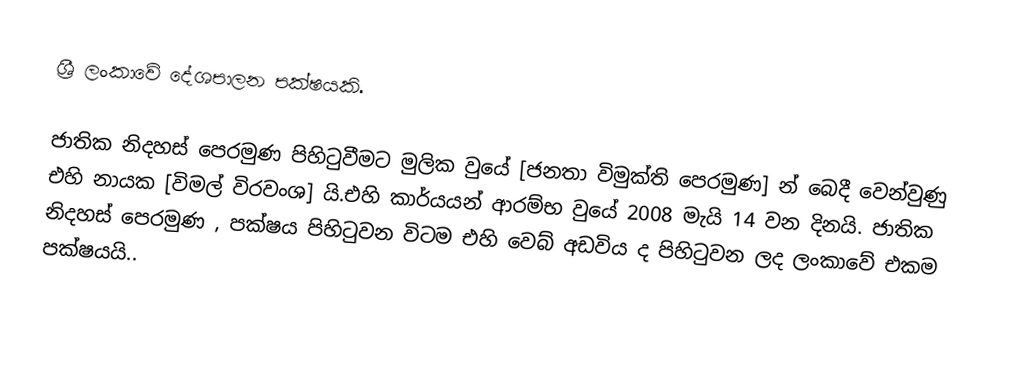
ශ්‍රී ලංකාවේ දේශපාලන පක්ෂයකි.

ජාතික නිදහස් පෙරමුණ පිහිටුවීමට මුලික වුයේ [ජනතා විමුක්ති පෙරමුණ] න් බෙදී වෙන්වුණු එහි නායක [විමල් විරවංශ] යි.එහි කාර්යයන් ආරම්භ වුයේ 2008 මැයි 14 වන දිනයි.  ජාතික නිදහස් පෙරමුණ , පක්ෂය පිහිටුවන විටම එහි වෙබ් අඩවිය ද පිහිටුවන ලද ලංකාවේ එකම පක්ෂයයි..